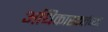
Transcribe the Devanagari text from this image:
अधिकारकर्तव्यों